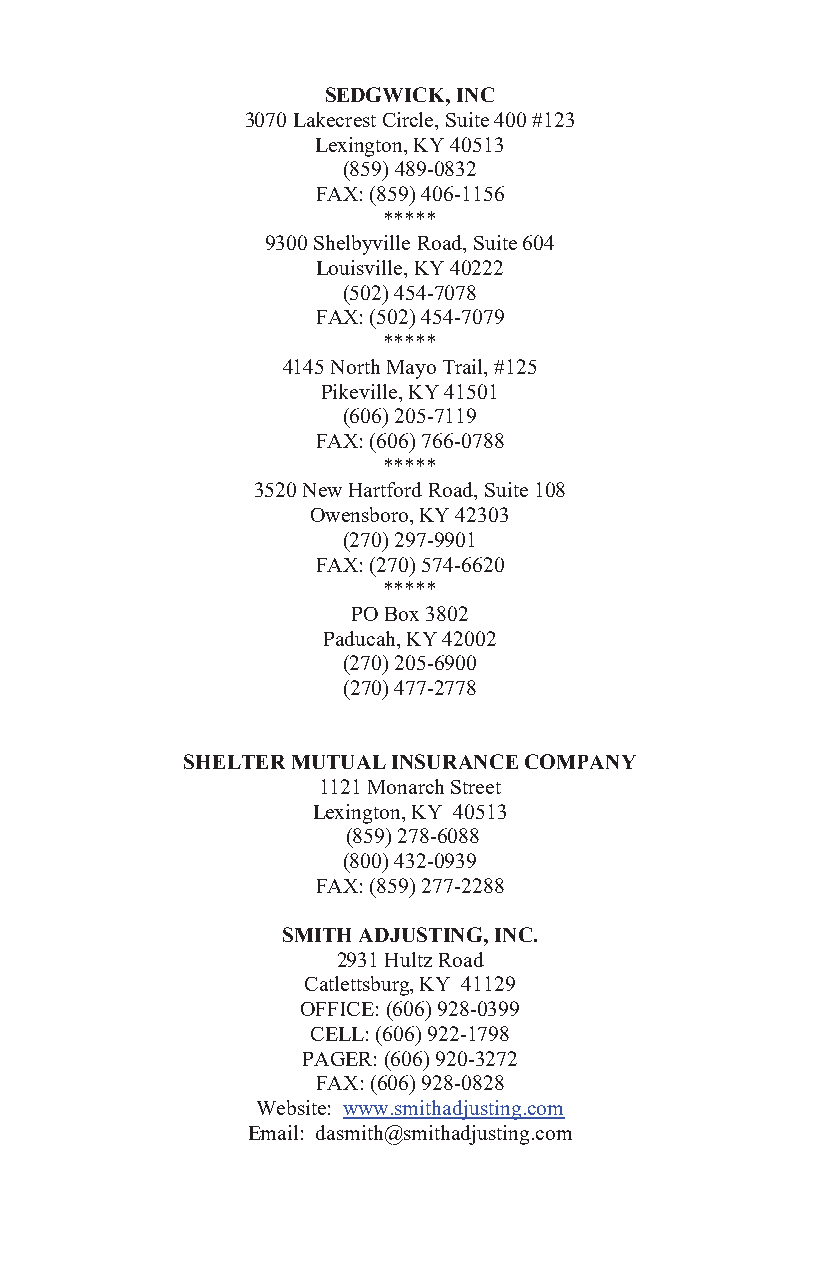
SEDGWICK, INC
 3070 Lakecrest Circle, Suite 400 #123
 Lexington, KY 40513
 (859) 489-0832
 FAX: (859) 406-1156
 *****
 9300 Shelbyville Road, Suite 604
 Louisville, KY 40222
 (502) 454-7078
 FAX: (502) 454-7079
 *****
 4145 North Mayo Trail, #125
 Pikeville, KY 41501
 (606) 205-7119
 FAX: (606) 766-0788
 *****
 3520 New Hartford Road, Suite 108
 Owensboro, KY 42303
 (270) 297-9901
 FAX: (270) 574-6620
 *****
 PO Box 3802
 Paducah, KY 42002
 (270) 205-6900
 (270) 477-2778
 SHELTER MUTUAL INSURANCE COMPANY
 1121 Monarch Street
 Lexington, KY 40513
 (859) 278-6088
 (800) 432-0939
 FAX: (859) 277-2288
 SMITH ADJUSTING, INC.
 2931 Hultz Road
 Catlettsburg, KY 41129
 OFFICE: (606) 928-0399
 CELL: (606) 922-1798
 PAGER: (606) 920-3272
 FAX: (606) 928-0828
 Website: www.smithadjusting.com
 Email: dasmith@smithadjusting.com